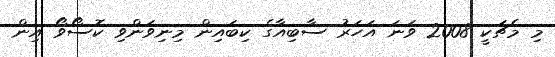
މި މެޗަކީ 2008 ވަނަ އަހަރު ސާބިއާގެ ކިބައިން މިނިވަންވި ކޮސޯވޯ އިން